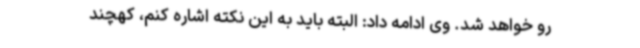
رو خواهد شد. وی ادامه داد: البته باید به این نکته اشاره کنم، کهچند